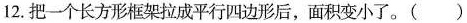
12. 把一个长方形框架拉成平行四边形后，面积变小了。( )